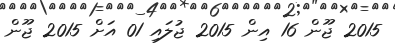
2015 ޖޫން 16 އިން 2015 ޖުލައި 01 އަށް 2015 ޖޫން